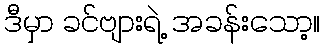
ဒီမှာ ခင်ဗျားရဲ့ အခန်းသော့။